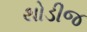
થોડીજ